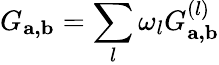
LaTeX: G_{\mathbf{a,b}}=\sum_{l}\omega_{l}G_{\mathbf{a,b}}^{(l)}